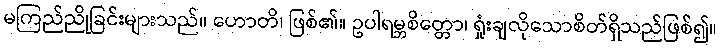
မကြည်ညိုခြင်းများသည်။ ဟောတိ၊ ဖြစ်၏။ ဥပါရမ္ဘစိတ္တော၊ ရှုံးချလိုသောစိတ်ရှိသည်ဖြစ်၍။